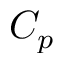
C _ { p }